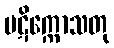
ပဋိက္ကောသတု